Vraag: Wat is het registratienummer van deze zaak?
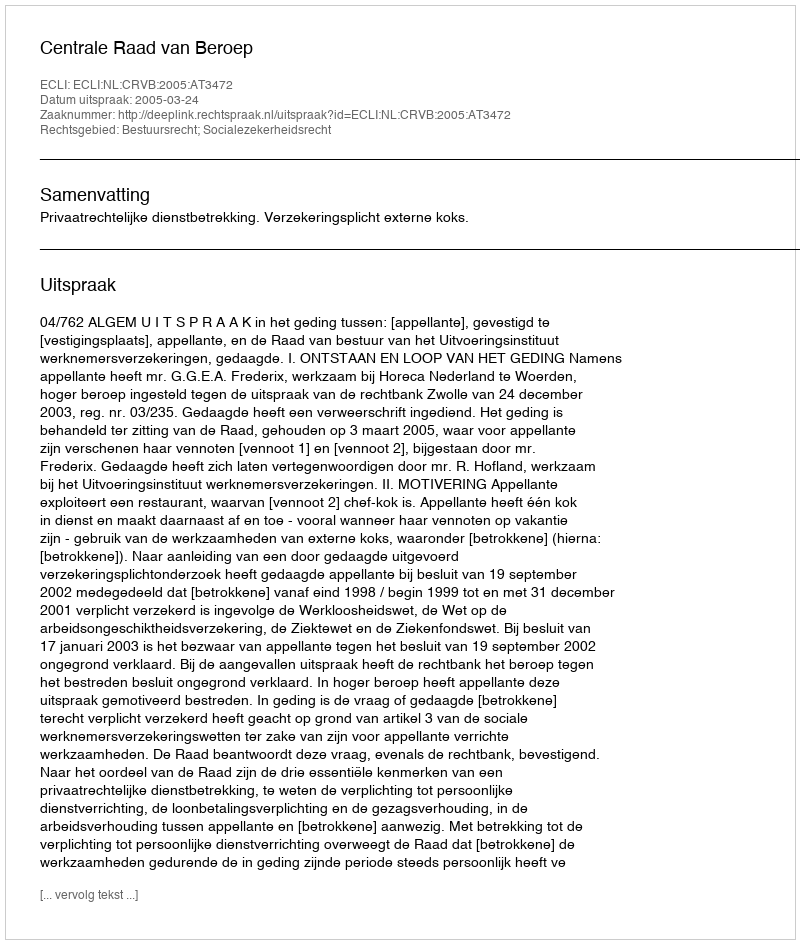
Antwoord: http://deeplink.rechtspraak.nl/uitspraak?id=ECLI:NL:CRVB:2005:AT3472